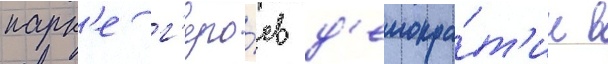
парк'е г'еро́ев д'емокра́т'ии в